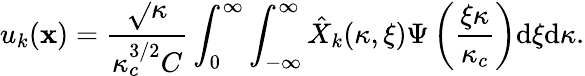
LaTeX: u_{k}(\mathbf{x})=\frac{{\sqrt{}{{\kappa}}}}{{\kappa_{c}^{3/2}C}}\int_{0}^{\infty}\int_{-\infty}^{\infty}\hat{{X}}_{k}(\kappa,\xi)\Psi\left(\frac{{\xi\kappa}}{{\kappa_{c}}}\right)\mathrm{{d}}\xi\mathrm{{d}}\kappa.